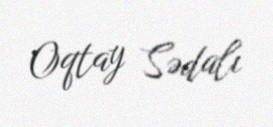
Oqtay Sədalı